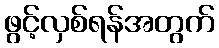
ဖွင့်လှစ်ရန်အတွက်